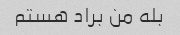
بله من براد هستم